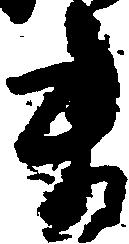
ま